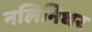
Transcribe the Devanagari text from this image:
नलिनिधर